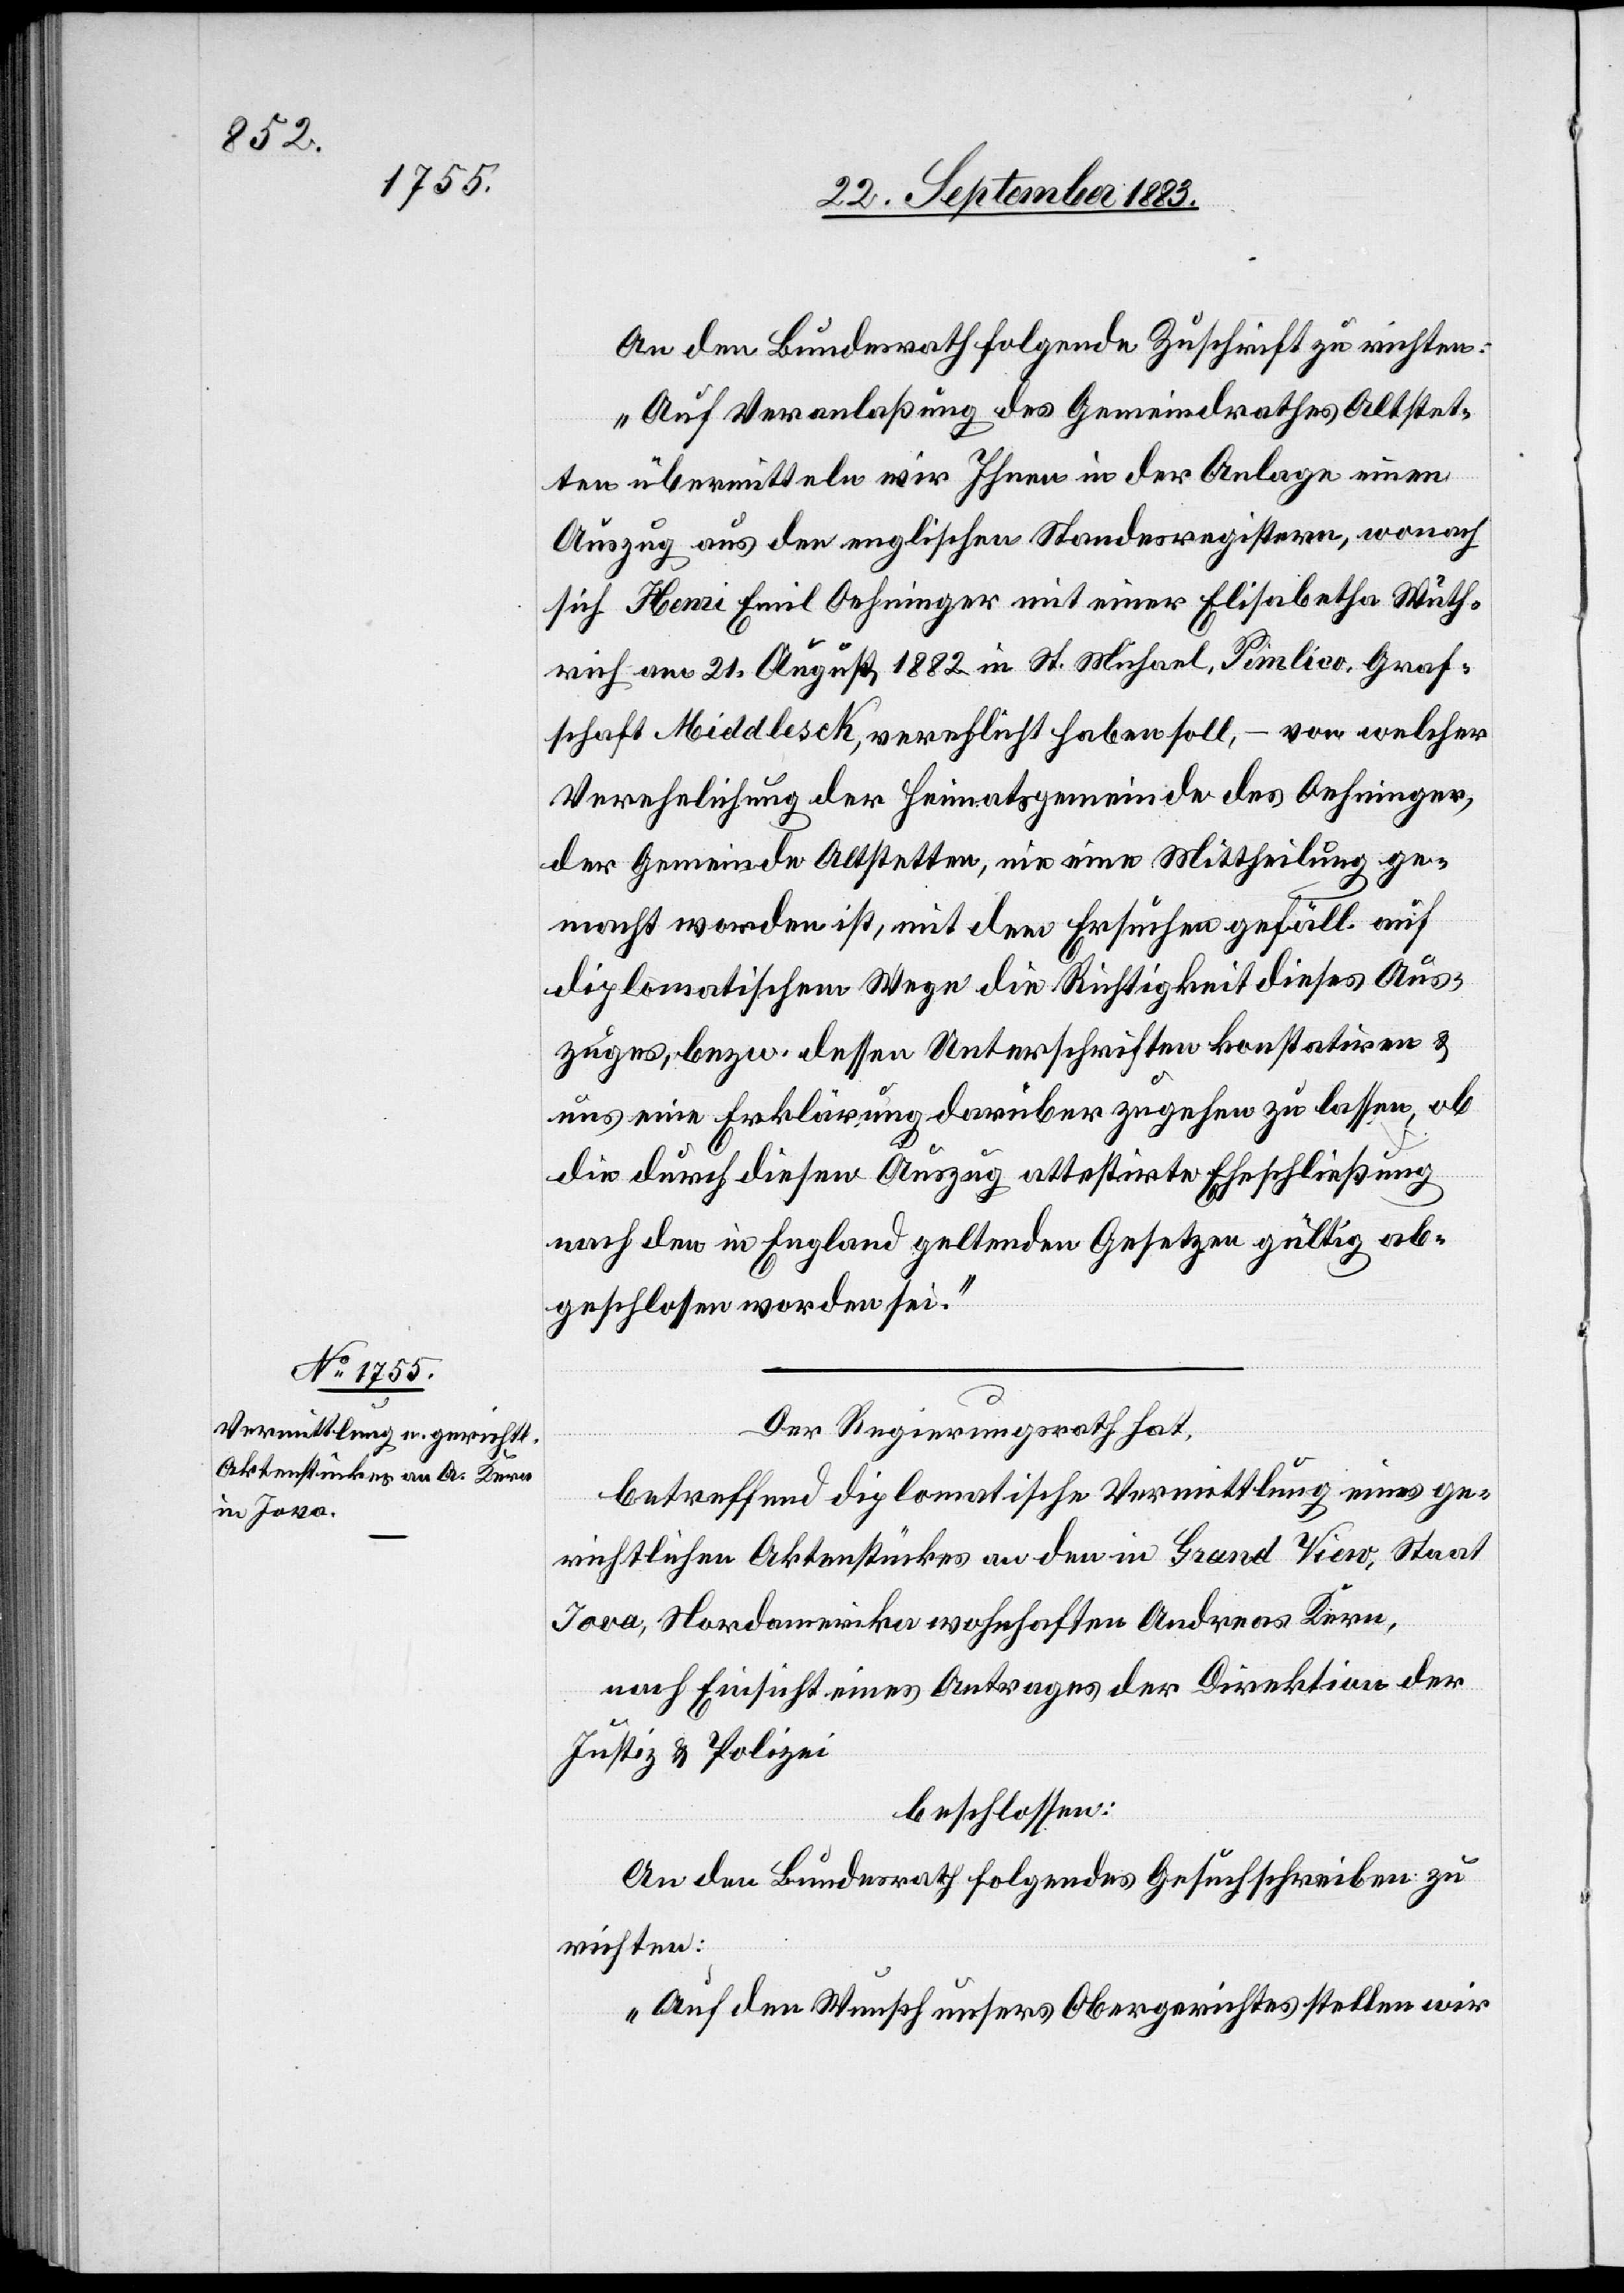
An den Bundesrath folgende Zuschrift zu richten:
„Auf Veranlaßung des Gemeindrathes Altstet¬
ten übermitteln wir Ihnen in der Anlage einen
Auszug aus den englischen Standesregistern, wonach
sich Henri Emil Oehninger mit einer Elisabetha Wüth¬
rich am 21. August 1882 in St. Michael, Pimlico, Graf¬
schaft Middlesek, verehelicht haben soll, – von welcher
Verehelichung der Heimatsgemeinde des Oehninger,
der Gemeinde Altstetten, nie eine Mittheilung ge¬
macht worden ist, mit dem Ersuchen gefäll. auf
diplomatischem Wege die Richtigkeit dieses Aus¬
zuges, bezw. dessen Unterschriften konstatiren &
uns eine Erklärung darüber zugehen zu lassen, ob
die durch diesen Auszug attestirte Eheschließung
nach den in England geltenden Gesetzen gültig ab¬
geschlossen worden sei.“
Der Regierungsrath hat,
betreffend diplomatische Vermittlung eines ge¬
richtlichen Aktenstückes an den in Grand View, Staat
Jova, Nordamerika wohnhaften Andreas Kern,
nach Einsicht eines Antrages der Direktion der
Justiz & Polizei
beschlossen:
An den Bundesrath folgendes Gesuchschreiben zu
richten:
„Auf den Wunsch unsers Obergerichtes stellen wir